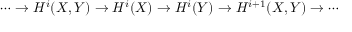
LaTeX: \cdots \to H ^ { i } ( X , Y ) \to H ^ { i } ( X ) \to H ^ { i } ( Y ) \to H ^ { i + 1 } ( X , Y ) \to \cdots